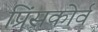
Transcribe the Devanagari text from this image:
प्रिंसकोर्व